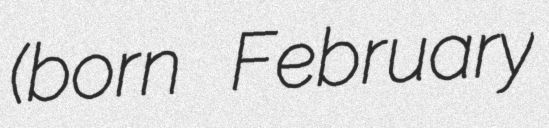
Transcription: (born February